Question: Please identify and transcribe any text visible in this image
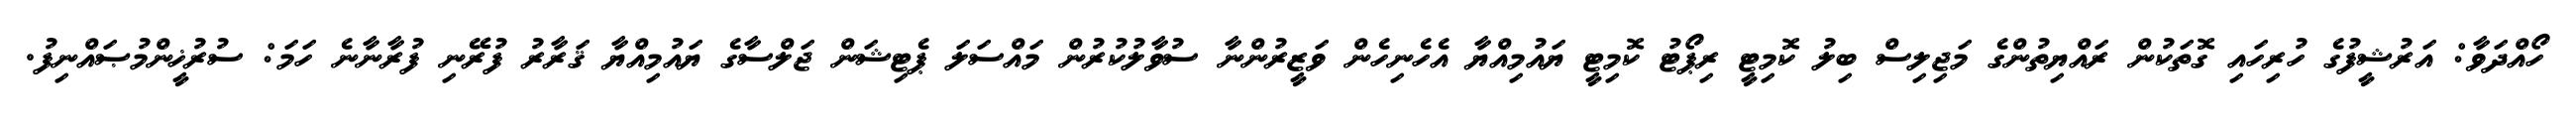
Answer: ހޯއްދަވާ: އަރުޝީފުގެ ހުރިހައި ގޮތަކުން ރައްޔިތުންގެ މަޖިލިސް ބިލު ކޮމިޓީ ރިޕޯޓު ކޮމިޓީ ޔައުމިއްޔާ އެހެނިހެން ވަޒީރުންނާ ސުވާލުކުރުން މައްސަލަ ޕެޓިޝަން ޖަލްސާގެ ޔައުމިއްޔާ ޤަރާރު ފުރޭނި ފުރާނާނެ ހަމަ: ސުރުޚީންމުޞައްނިފު.